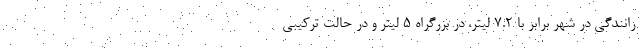
رانندگی در شهر برابر با 7.2 لیتر، در بزرگراه 5 لیتر و در حالت ترکیبی